Vaccination North-Western Provinces and Oudh 1878-1895 - 1878-1895
Year: 1878
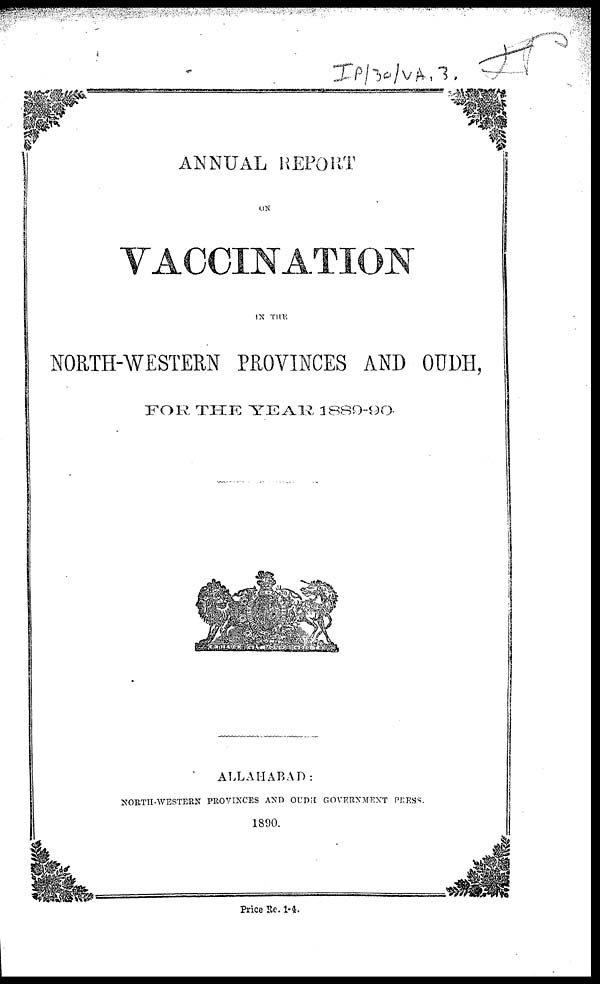
ANNUAL REPORT
ON
VACCINATION
IN THE
NORTH-WESTERN PROVINCES AND OUDH,
FOR THE YEAR 1889-90.
ALLAHABAD:
NORTH-WESTERN PROVINCES AND OUDH GOVERNMENT PRESS.
1890.
Price Re. 1-4.